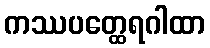
ကဿပတ္ထေရဂါထာ